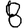
Digit: 8